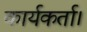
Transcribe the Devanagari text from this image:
कार्यकर्ता।